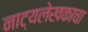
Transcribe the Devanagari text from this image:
नाट्यलेखकाचा